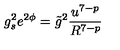
g _ { s } ^ { 2 } e ^ { 2 \phi } = \tilde { g } ^ { 2 } \frac { u ^ { 7 - p } } { R ^ { 7 - p } }